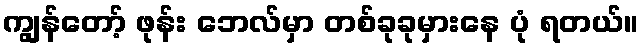
ကျွန်တော့် ဖုန်း ဘေလ်မှာ တစ်ခုခုမှားနေ ပုံ ရတယ်။